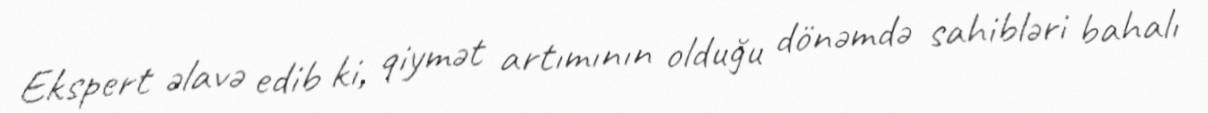
Ekspert əlavə edib ki, qiymət artımının olduğu dönəmdə sahibləri bahalı